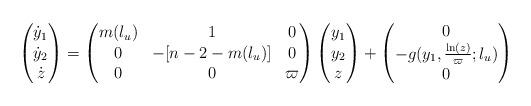
LaTeX: \begin{align*} \begin{pmatrix} \dot{y}_{1} \\ \dot{y}_{2} \\ \dot{z} \end{pmatrix} = \begin{pmatrix} m(l_u) & 1 &0 \\ 0 & -[n-2-m(l_u)] & 0 \\ 0 & 0 & \varpi \end{pmatrix} \begin{pmatrix} y_1 \\ y_2 \\ z \end{pmatrix}+ \begin{pmatrix} 0 \\- g(y_1,\frac{\ln(z)}{\varpi};l_u)\\ 0 \end{pmatrix}\end{align*}